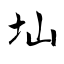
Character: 圸